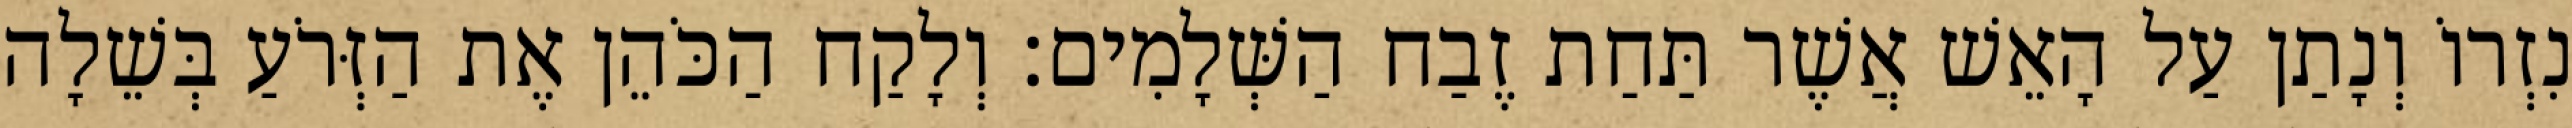
נִזְרוֹ וְנָתַן עַל הָאֵשׁ אֲשֶׁר תַּחַת זֶבַח הַשְּׁלָמִים׃ וְלָקַח הַכֹּהֵן אֶת הַזְּרֹעַ בְּשֵׁלָה